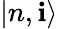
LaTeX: |n,\mathbf{i}\rangle